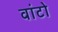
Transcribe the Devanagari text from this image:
वांटो